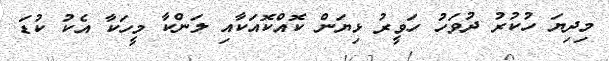
މިދިޔަ ހުކުރު ދުވަހު ހަވީރު ޅިޔަން ކޮއްކޮއަކާއި ލަންކާ މީހަކާ އެކު ކުޑަ